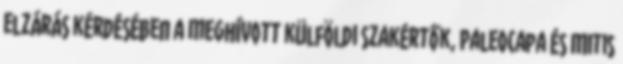
elzárás kérdésében a meghívott külföldi szakértők, Paleocapa és Mitis